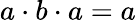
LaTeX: a\cdot b\cdot a=a